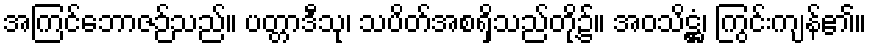
အကြင်ဘောဇဉ်သည်။ ပတ္တာဒီသု၊ သပိတ်အစရှိသည်တို့၌။ အဝသိဋ္ဌံ၊ ကြွင်းကျန်၏။